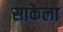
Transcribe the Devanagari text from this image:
साकेला